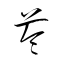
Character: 苓